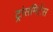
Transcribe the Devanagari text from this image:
ट्रांसमिटेंस